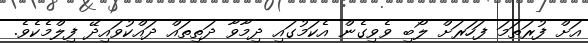
އަށް ފުރަތަމަ ފަހަރަށް ލޯބި ވެވިގެން އެކަމުގައި ދިމާވާ ދަތިތައް ދައްކުވައިދޭ ފިލްމެކެވެ.